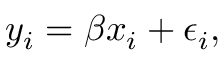
y _ { i } = \beta x _ { i } + \epsilon _ { i } ,